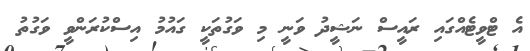
އެ ޓްވީޓެއްގައި ރައީސް ނަޝީދު ވަނީ މި ވަގުތަކީ ގައުމު އިސްކުރަންވީ ވަގުތު